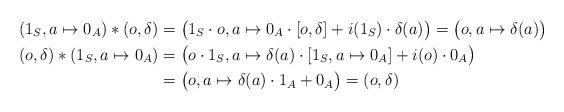
LaTeX: \begin{align*} (1_S,a\mapsto 0_A)* (o,\delta) &= \big(1_S\cdot o, a\mapsto 0_A\cdot [o,\delta] + i(1_S)\cdot \delta(a)\big) = \big(o, a\mapsto \delta(a)\big)\\ (o,\delta)* (1_S,a\mapsto 0_A) &= \big(o\cdot 1_S, a\mapsto \delta(a)\cdot [1_S,a\mapsto 0_A] + i(o)\cdot 0_A\big) \\ &= \big(o, a\mapsto \delta(a)\cdot 1_A + 0_A\big) = (o,\delta)\end{align*}